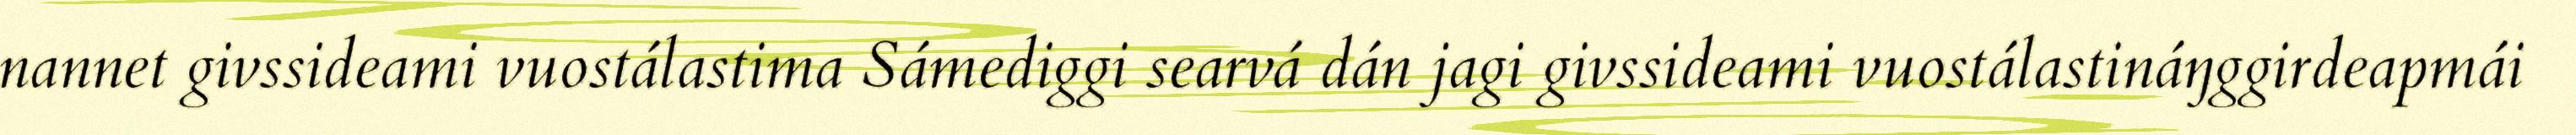
nannet givssideami vuostálastima Sámediggi searvá dán jagi givssideami vuostálastináŋggirdeapmái